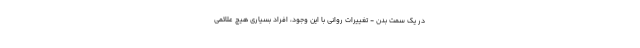
در یک سمت بدن - تغییرات روانی با این وجود، افراد بسیاری هیچ علائمی